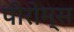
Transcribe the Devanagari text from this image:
पीरोम्स